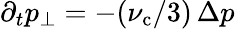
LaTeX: \partial_{t}p_{\perp}=-(\nu_{\mathrm{c}}/3)\, \Delta p